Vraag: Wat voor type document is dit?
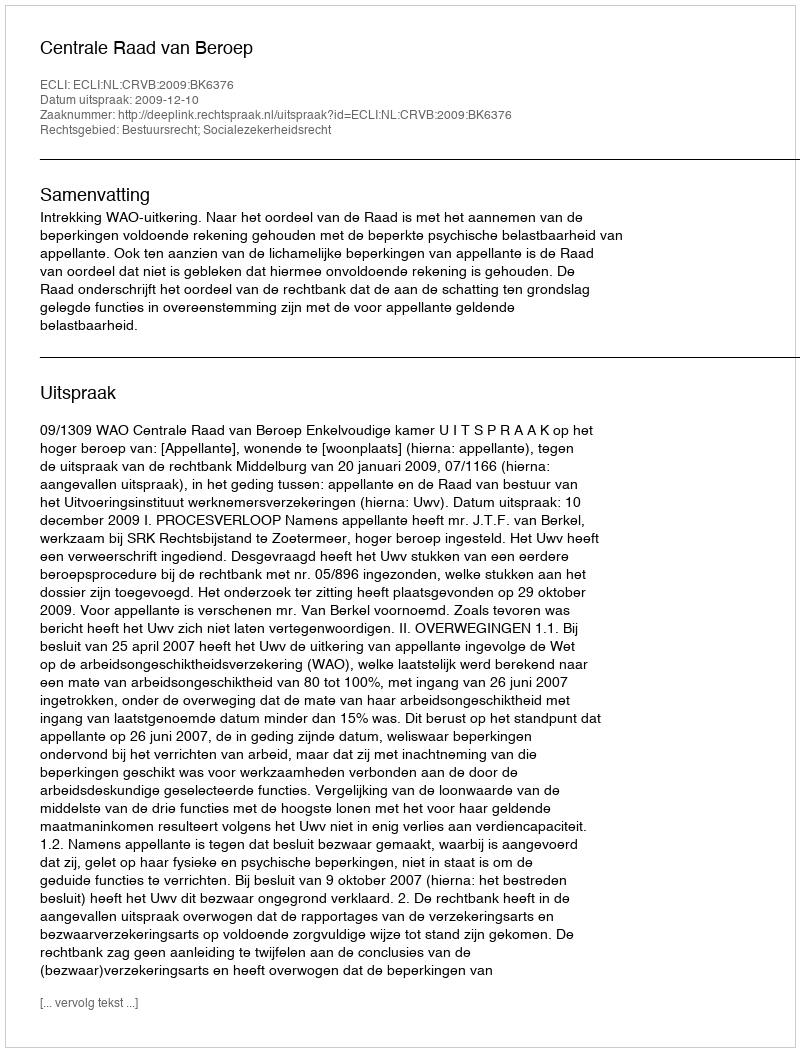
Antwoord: Uitspraak